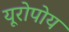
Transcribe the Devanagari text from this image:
यूरोपोय